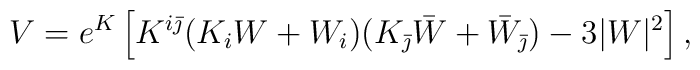
V=e^K\left[ K^{i\bar{\jmath}}(K_iW+W_i)(K_{\bar{\jmath}}\bar{W}+\bar{W}_{\bar{\jmath}}) - 3|W|^2\right],